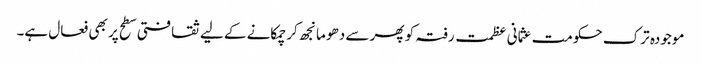
موجودہ ترک حکومت عثمانی عظمت رفتہ کو پھر سے دھو مانجھ کر چمکانے کے لیے ثقافتی سطح پر بھی فعال ہے۔